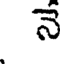
నె